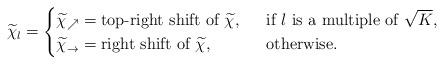
LaTeX: \begin{align*}\widetilde{\chi}_l = \begin{cases}\widetilde{\chi}_{\nearrow} = \mbox{top-right shift of $\widetilde{\chi}$, } & \mbox{ if $l$ is a multiple of $\sqrt{K}$},\\\widetilde{\chi}_{\rightarrow} = \mbox{right shift of $\widetilde{\chi}$, } & \mbox{ otherwise.}\end{cases}\end{align*}